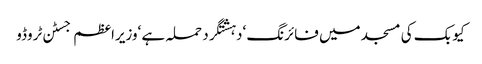
کیوبک کی مسجد میں فائرنگ ‘دہشتگرد حملہ ہے ‘وزیراعظم جسٹن ٹروڈو